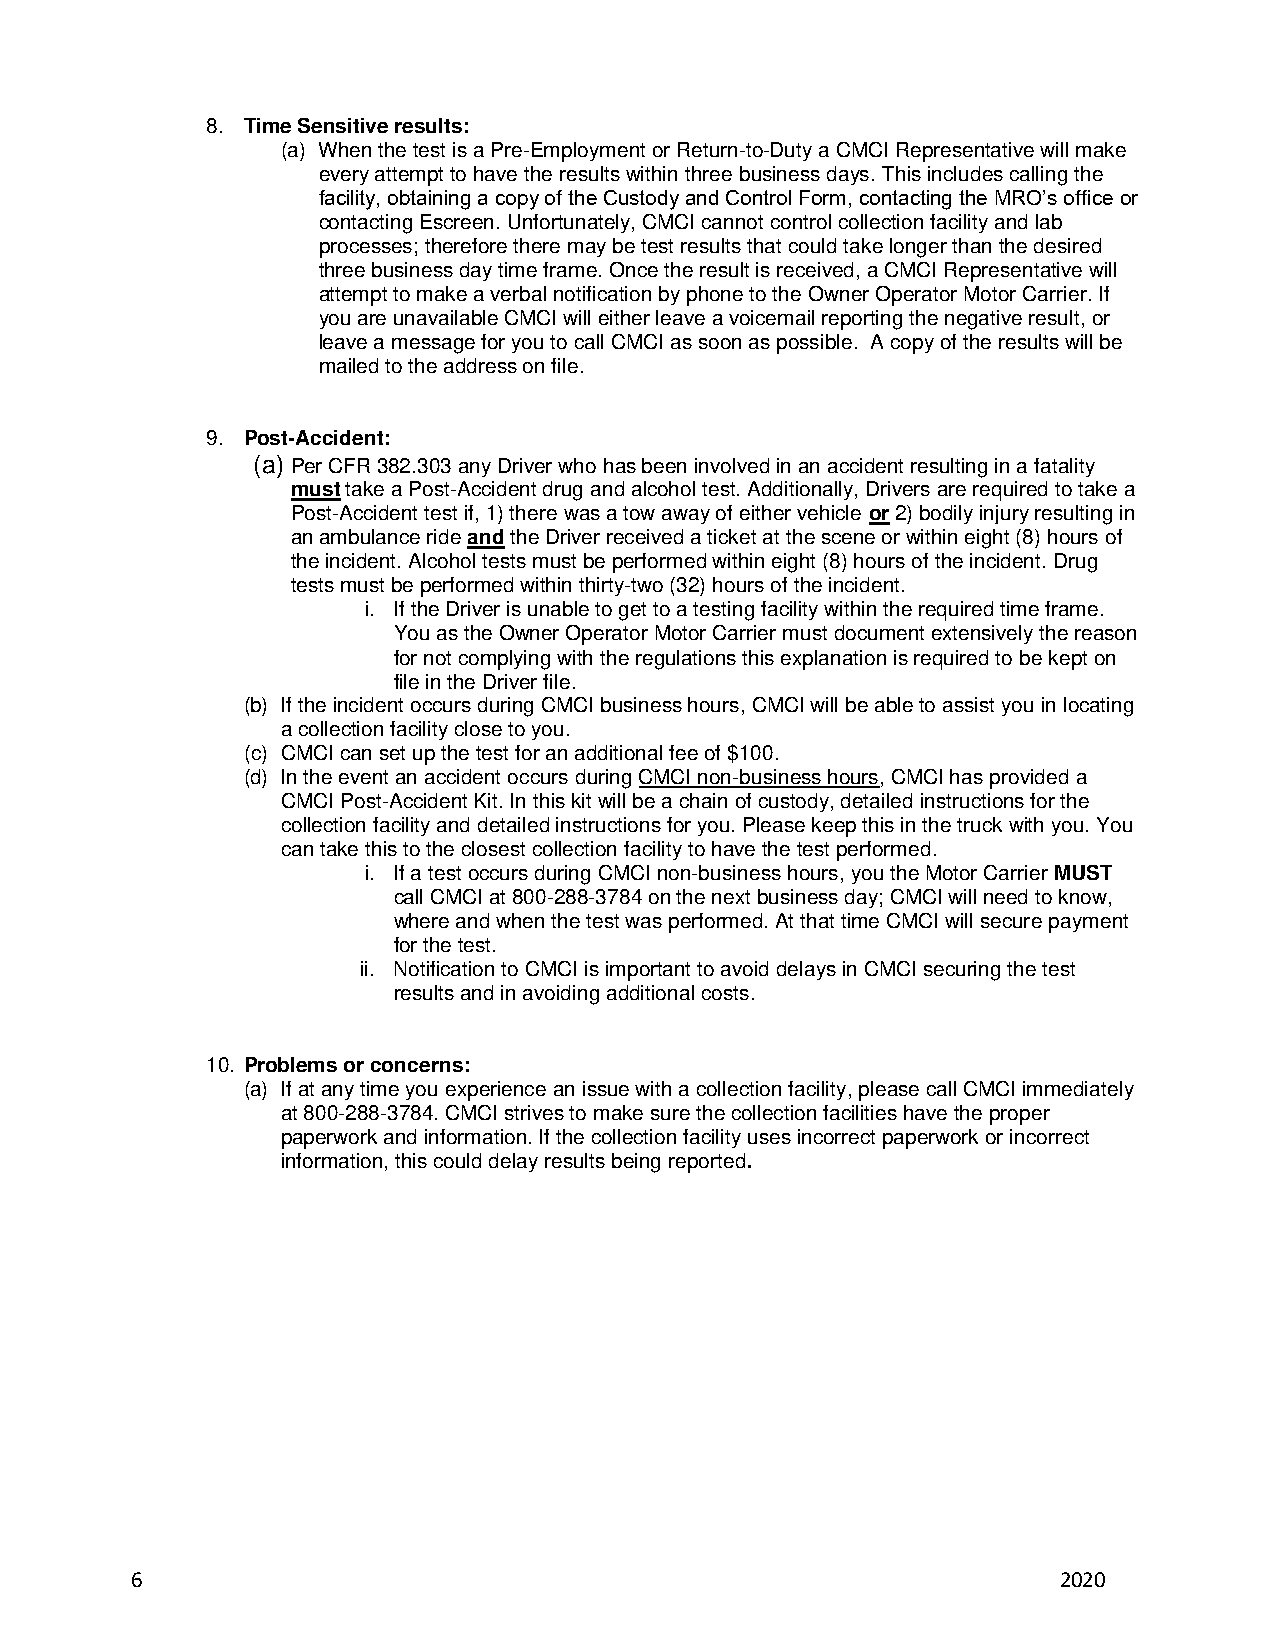
8. Time Sensitive results:
 (a) When the test is a Pre-Employment or Return-to-Duty a CMCI Representative will make
 every attempt to have the results within three business days. This includes calling the
 facility, obtaining a copy of the Custody and Control Form, contacting the MRO’s office or
 contacting Escreen. Unfortunately, CMCI cannot control collection facility and lab
 processes; therefore there may be test results that could take longer than the desired
 three business day time frame. Once the result is received, a CMCI Representative will
 attempt to make a verbal notification by phone to the Owner Operator Motor Carrier. If
 you are unavailable CMCI will either leave a voicemail reporting the negative result, or
 leave a message for you to call CMCI as soon as possible. A copy of the results will be
 mailed to the address on file.
 9. Post-Accident:
 (a) Per CFR 382.303 any Driver who has been involved in an accident resulting in a fatality
 must take a Post-Accident drug and alcohol test. Additionally, Drivers are required to take a
 Post-Accident test if, 1) there was a tow away of either vehicle or 2) bodily injury resulting in
 an ambulance ride and the Driver received a ticket at the scene or within eight (8) hours of
 the incident. Alcohol tests must be performed within eight (8) hours of the incident. Drug
 tests must be performed within thirty-two (32) hours of the incident.
 i. If the Driver is unable to get to a testing facility within the required time frame.
 You as the Owner Operator Motor Carrier must document extensively the reason
 for not complying with the regulations this explanation is required to be kept on
 file in the Driver file.
 (b) If the incident occurs during CMCI business hours, CMCI will be able to assist you in locating
 a collection facility close to you.
 (c) CMCI can set up the test for an additional fee of $100.
 (d) In the event an accident occurs during CMCI non-business hours, CMCI has provided a
 CMCI Post-Accident Kit. In this kit will be a chain of custody, detailed instructions for the
 collection facility and detailed instructions for you. Please keep this in the truck with you. You
 can take this to the closest collection facility to have the test performed.
 i. If a test occurs during CMCI non-business hours, you the Motor Carrier MUST
 call CMCI at 800-288-3784 on the next business day; CMCI will need to know,
 where and when the test was performed. At that time CMCI will secure payment
 for the test.
 ii. Notification to CMCI is important to avoid delays in CMCI securing the test
 results and in avoiding additional costs.
 10. Problems or concerns:
 (a) If at any time you experience an issue with a collection facility, please call CMCI immediately
 at 800-288-3784. CMCI strives to make sure the collection facilities have the proper
 paperwork and information. If the collection facility uses incorrect paperwork or incorrect
 information, this could delay results being reported.
 6                                                            2020